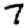
Digit: 7